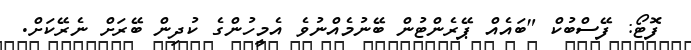
ފޮޓޯ: ފޭސްބުކް "ބައެއް ޕޭރެންޓުން ބޭނުމެއްނުވެ އެމީހުންގެ ކުދިން ބޭރަށް ނެރޭކަށް.